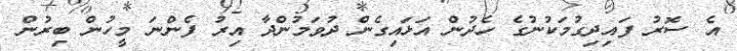
އެ ސޮރު ފައިދިގުމަކުނުގެ ހެދުން އަޅައިގެން ދުވަމުންދާ އިރު ފެންނަ މީހުން ބިރުން